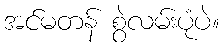
အင်မတန် စွဲလမ်းပုံပဲ။